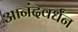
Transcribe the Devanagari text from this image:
आनंदवर्धंन